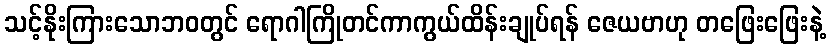
သင့်နိုးကြားသောဘဝတွင် ရောဂါကြိုတင်ကာကွယ်ထိန်းချုပ်ရန် ဇေယဗာဟု တဖြေးဖြေးနဲ့